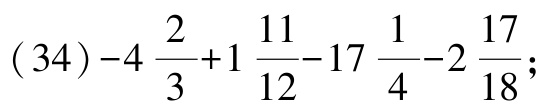
\((34)-4\frac{2}{3}+1\frac{11}{12}-17\frac{1}{4}-2\frac{17}{18};\)